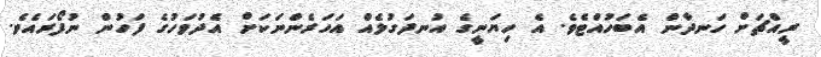
ރީއްޗަށް ހަނދާން އެބަހުއްޓެވެ. އެ ހިޔަނީގެ އުނދަގުލެއް އަހަރެންނަކަށް އެދުވަހުގެ ފަހުން ނުފޯރައެވެ.